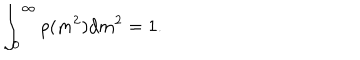
LaTeX: \int _ { 0 } ^ { \infty } \rho ( m ^ { 2 } ) d m ^ { 2 } = 1 .